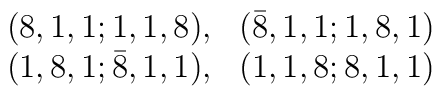
\begin{array}{rr}(8,1,1;1,1,8),& ({\bar 8},1,1;1,8,1) \\(1,8,1;{\bar 8},1,1),& (1,1,8;8,1,1)\end{array}